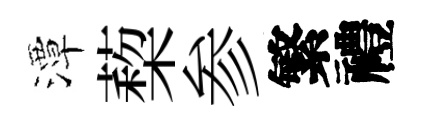
潭蔾参繁禮